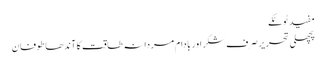
مفید ٹوٹکے
پچھلی تحریر صرف شکر اور بادام مردانہ طاقت کا آندھا طوفان